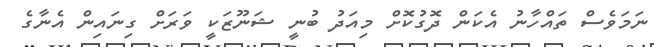
ނަމަވެސް ތައްހާނު އެކަން ދޮގުކޮށް މިއަދު ބުނީ ޝަނޫޒަކީ ވަރަށް ގިނައިން އެނާގެ